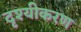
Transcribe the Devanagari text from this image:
दृश्यीकरण